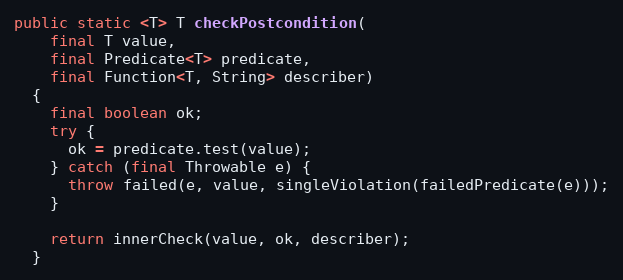
Language: Java
public static <T> T checkPostcondition(
    final T value,
    final Predicate<T> predicate,
    final Function<T, String> describer)
  {
    final boolean ok;
    try {
      ok = predicate.test(value);
    } catch (final Throwable e) {
      throw failed(e, value, singleViolation(failedPredicate(e)));
    }

    return innerCheck(value, ok, describer);
  }